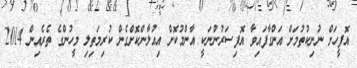
އޮފީހަށް ނުނިކުތުމަށް އަންގާފައިވާ އޮފިސަރުންނަކީ އާންމުކޮށް އިއުލާންކޮށްގެން ކުރިމަތިލި މީހުންގެ ތެރެއިން 2014